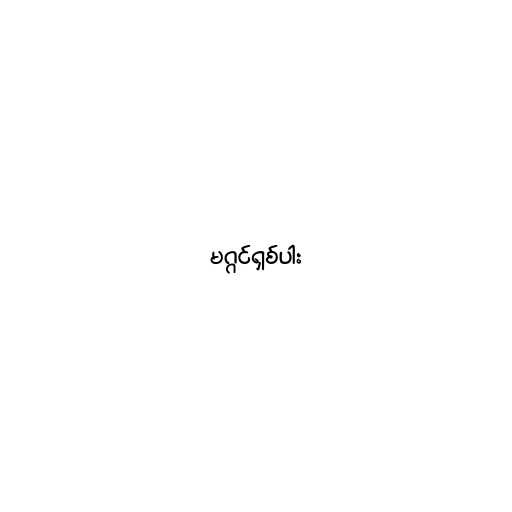
မဂ္ဂင်ရှစ်ပါး